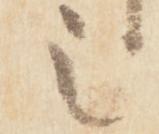
之